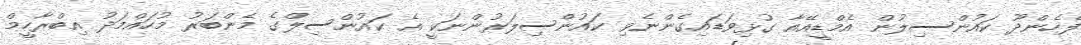
ފެހެންދޫ ކައުންސިލުން އެމްޑީއޭއާ ގުޅިވަޑައިގެންނެވި ކައުންސިލަރުންނަކީ އެ ކައުންސިލްގެ މެންބަރު މުހައްމަދު އިބްރާހީމް